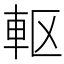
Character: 𮝀